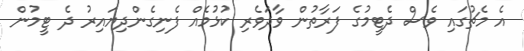
އެ މެޗުގައި ވެސް ދެޓީމުގެ ފަރާތުން ވާދަވެރި ކުޅުމެއް ފެނިގެންދިޔައިރު ދެ ޓީމުން